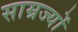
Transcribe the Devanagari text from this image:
साम्रज्यों